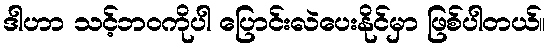
ဒါဟာ သင့်ဘဝကိုပါ ပြောင်းလဲပေးနိုင်မှာ ဖြစ်ပါတယ်။